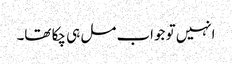
انہیں تو جواب مل ہی چکا تھا۔